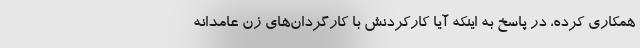
همکاری کرده، در پاسخ به اینکه آیا کارکردنش با کارگردان‌های زن عامدانه